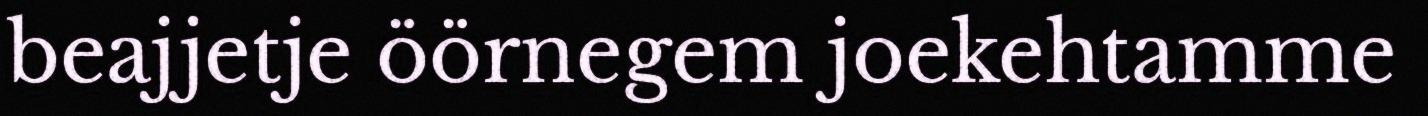
beajjetje öörnegem joekehtamme